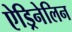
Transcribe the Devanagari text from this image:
ऐड्रिनेलिन